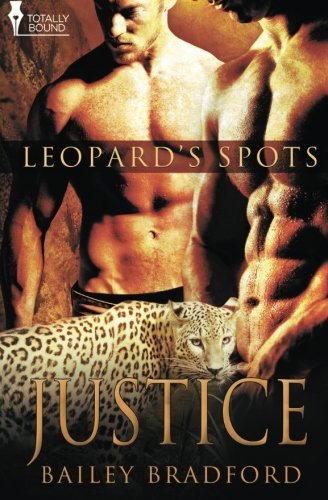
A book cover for Justice (Leopard's Spots) (Volume 10); Bailey Bradford; Romance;